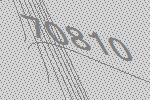
70810